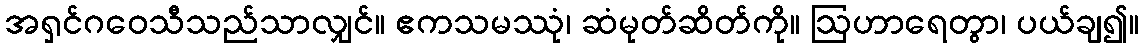
အရှင်ဂဝေသီသည်သာလျှင်။ ဧကသမဿုံ၊ ဆံမုတ်ဆိတ်ကို။ ဩဟာရေတွာ၊ ပယ်ချ၍။